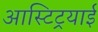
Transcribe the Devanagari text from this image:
आस्टिट्रयाई